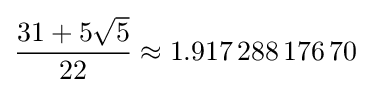
{\frac {31+5{\sqrt {5}}}{22}}\approx 1.917\,288\,176\,70